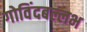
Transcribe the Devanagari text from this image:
गोविंदबल्लभ